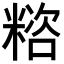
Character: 𥻓